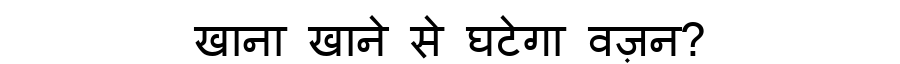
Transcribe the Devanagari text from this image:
खाना खाने से घटेगा वज़न?